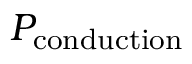
P _ { \mathrm { c o n d u c t i o n } }